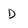
Character: D